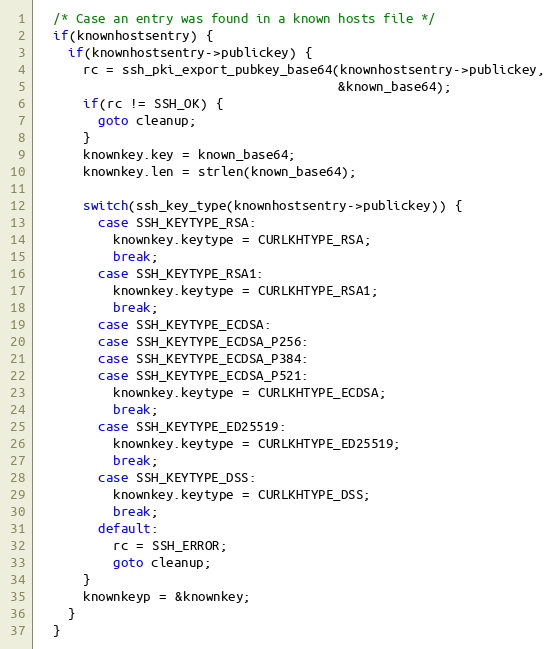
Language: C
  /* Case an entry was found in a known hosts file */
  if(knownhostsentry) {
    if(knownhostsentry->publickey) {
      rc = ssh_pki_export_pubkey_base64(knownhostsentry->publickey,
                                        &known_base64);
      if(rc != SSH_OK) {
        goto cleanup;
      }
      knownkey.key = known_base64;
      knownkey.len = strlen(known_base64);

      switch(ssh_key_type(knownhostsentry->publickey)) {
        case SSH_KEYTYPE_RSA:
          knownkey.keytype = CURLKHTYPE_RSA;
          break;
        case SSH_KEYTYPE_RSA1:
          knownkey.keytype = CURLKHTYPE_RSA1;
          break;
        case SSH_KEYTYPE_ECDSA:
        case SSH_KEYTYPE_ECDSA_P256:
        case SSH_KEYTYPE_ECDSA_P384:
        case SSH_KEYTYPE_ECDSA_P521:
          knownkey.keytype = CURLKHTYPE_ECDSA;
          break;
        case SSH_KEYTYPE_ED25519:
          knownkey.keytype = CURLKHTYPE_ED25519;
          break;
        case SSH_KEYTYPE_DSS:
          knownkey.keytype = CURLKHTYPE_DSS;
          break;
        default:
          rc = SSH_ERROR;
          goto cleanup;
      }
      knownkeyp = &knownkey;
    }
  }